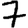
Digit: 7